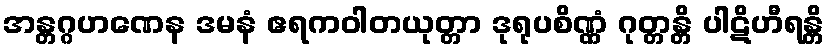
အန္တဂ္ဂဟဏေန ဒမနံ ဧရကဝါတယုတ္တာ ဒုရုပစိဏ္ဏံ ဂုတ္တန္တိ ပါဋိဟီရန္တိ